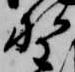
野